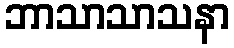
ဘာသာသာသနာ